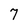
Character: 7